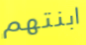
ابنتهم